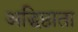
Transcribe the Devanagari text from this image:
अद्धिष्ठाता